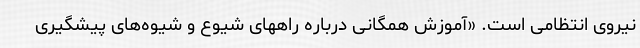
نیروی انتظامی است. «آموزش همگانی درباره راههای شیوع و شیوه‌های پیشگیری